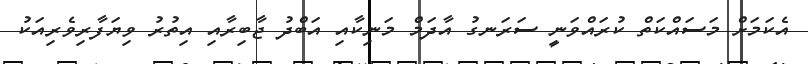
އެކަމަށް މަސައްކަތް ކުރައްވަނީ ސަރަނގު އާދަމް މަނިކާއި އަބްދު ޖާބިރާއި އިތުރު ވިޔަފާރިވެރިއަކު